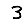
Digit: 3